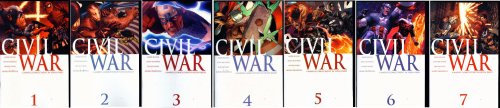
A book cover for Civil War 1 2 3 4 5 6 7 1st Print Set (Civil War); MARK MILLAR; Comics & Graphic Novels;